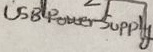
Text: USB Power Supply